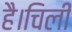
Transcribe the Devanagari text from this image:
है।चिली